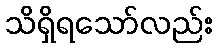
သိရှိရသော်လည်း